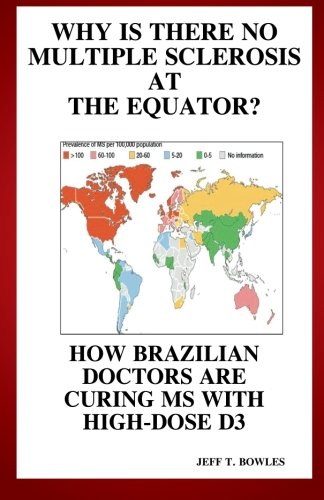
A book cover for Why Is There No  Multiple Sclerosis  At The Equator?   How Brazilian Doctors Are  Curing Ms With High-Dose D3; Jeff T Bowles; Health, Fitness & Dieting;